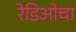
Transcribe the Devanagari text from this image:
रेडिओचा